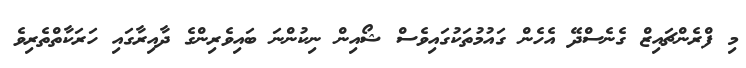
މި ފްރެންޗައިޒް ގެނެސްދޭ އެހެން ގައުމުތަކުގައިވެސް ޝޯއިން ނިކުންނަ ބައިވެރިންގެ ދާއިރާގައި ހަރަކާތްތެރިވެ